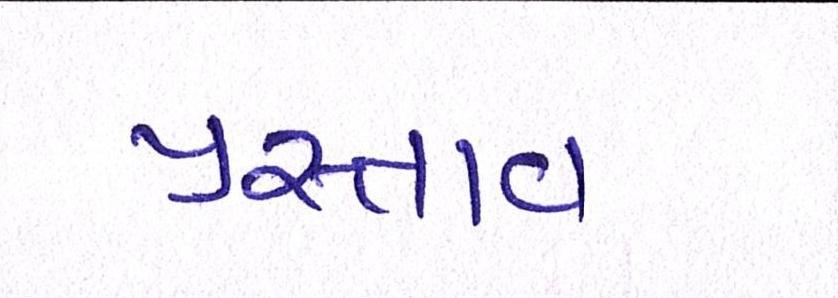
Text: પ્રસ્તાવ